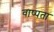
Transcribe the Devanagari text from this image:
वाष्पता